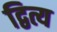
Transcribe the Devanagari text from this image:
द्वित्य